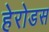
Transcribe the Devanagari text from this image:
हेरोडस